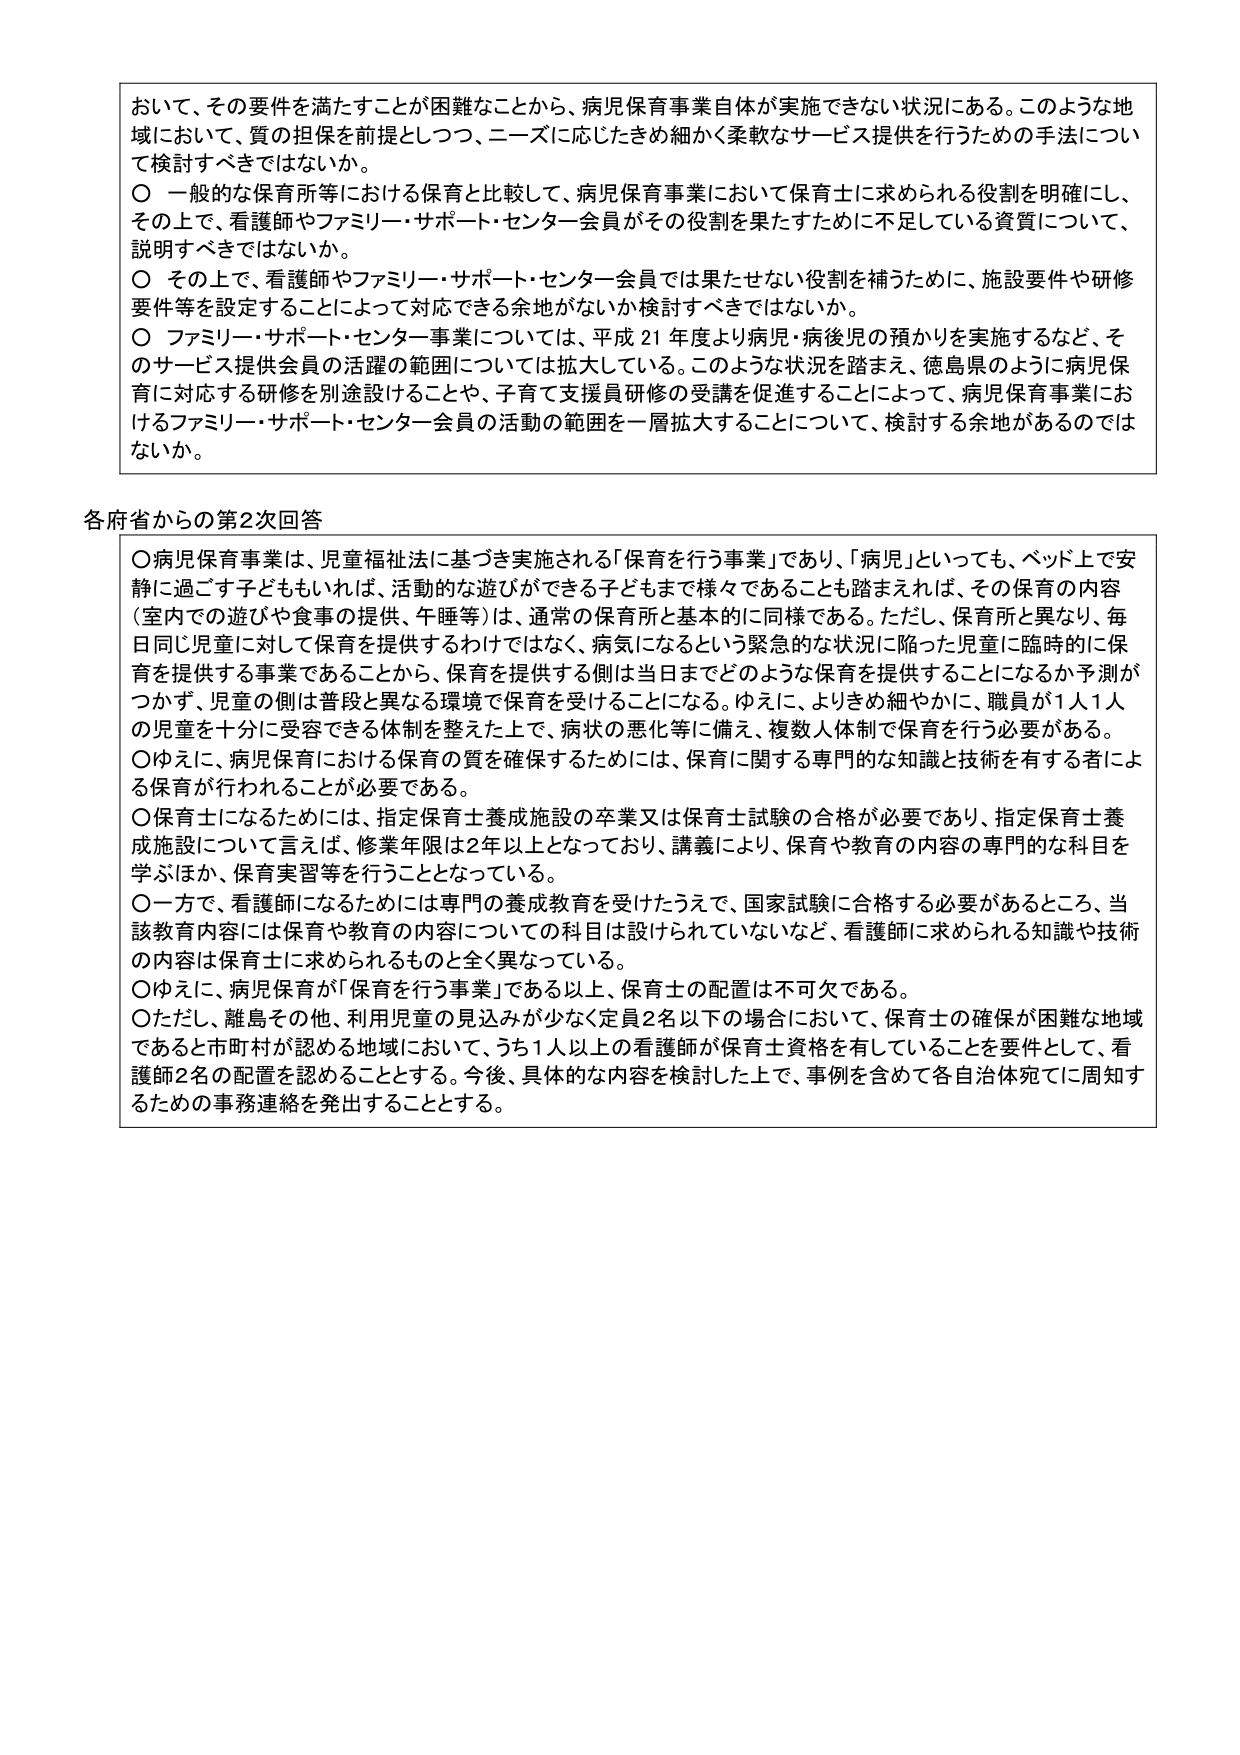
おいて、その要件を満たすことが困難なことから、病児保育事業自体が実施できない状況にある。このような地域において、質の担保を前提としつつ、ニーズに応じたきめ細かく柔軟なサービス提供を行うための手法について検討すべきではないか。

○ 一般的な保育所等における保育と比較して、病児保育事業において保育士に求められる役割を明確にし、その上で、看護師やファミリー・サポート・センター会員がその役割を果たすために不足している資質について、説明すべきではないか。

○ その上で、看護師やファミリー・サポート・センター会員では果たせない役割を補うために、施設要件や研修要件等を設定することによって対応できる余地がないか検討すべきではないか。

○ ファミリー・サポート・センター事業については、平成21年度より病児・病後児の預かりを実施するなど、そのサービス提供会員の活躍の範囲については拡大している。このような状況を踏まえ、徳島県のように病児保育に対応する研修を別途設けることや、子育て支援員研修の受講を促進することによって、病児保育事業におけるファミリー・サポート・センター会員の活動の範囲を一層拡大することについて、検討する余地があるのではないか。

各府省からの第2次回答

○病児保育事業は、児童福祉法に基づき実施される「保育を行う事業」であり、「病児」といっても、ベッド上で安静に過ごす子どももいれば、活動的な遊びができる子どももまで様々であることも踏まえれば、その保育の内容（室内での遊びや食事の提供、午睡等）は、通常の保育所と基本的に同様である。ただし、保育所と異なり、毎日同じ児童に対して保育を提供するわけではなく、病気になるという緊急的な状況に陥った児童に臨時的に保育を提供する事業であることから、保育を提供する側は当日までどのような保育を提供することになるか予測がつかず、児童の側は普段と異なる環境で保育を受けることになる。ゆえに、よりきめ細やかに、職員が1人1人の児童を十分に受容できる体制を整えた上で、病状の悪化等に備え、複数人体制で保育を行う必要がある。

○ゆえに、病児保育における保育の質を確保するためには、保育に関する専門的な知識と技術を有する者による保育が行われることが必要である。

○保育士になるためには、指定保育士養成施設の卒業又は保育士試験の合格が必要であり、指定保育士養成施設について言えば、修業年限は2年以上となっており、講義により、保育や教育の内容の専門的な科目を学ぶほか、保育実習等を行うこととなっている。

○一方で、看護師になるためには専門の養成教育を受けたうえで、国家試験に合格する必要があるところ、当該教育内容には保育や教育の内容についての科目は設けられていないなど、看護師に求められる知識や技術の内容は保育士に求められるものと全く異なっている。

○ゆえに、病児保育が「保育を行う事業」である以上、保育士の配置は不可欠である。

○ただし、離島その他、利用児童の見込みが少なく定員2名以下の場合において、保育士の確保が困難な地域であると市町村が認める地域において、うち1人以上の看護師が保育士資格を有していることを要件として、看護師2名の配置を認めることとする。今後、具体的な内容を検討した上で、事例を含めて各自治体宛てに周知するための事務連絡を発出することとする。